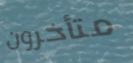
متأخرون